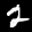
Label: 2